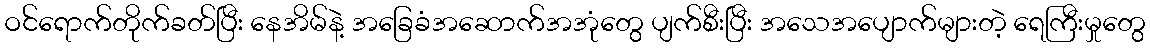
ဝင်ရောက်တိုက်ခတ်ပြီး နေအိမ်နဲ့ အခြေခံအဆောက်အအုံတွေ ပျက်စီးပြီး အသေအပျောက်များတဲ့ ရေကြီးမှုတွေ